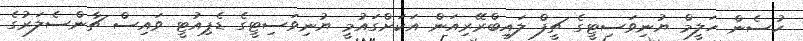
ހުސެން ހަލީމް ޔުނިވަސިޓީގެ ޗީފް ލައިބްރޭރިއަން އަކަށްގައުމީ ޔުނިވަސިޓީގެ ޑެޕިއުޓީ ވައިސް ޗާންސެލަރުގެ